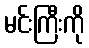
မင်းကြီးကို